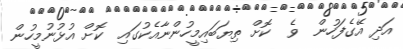
އަދި އޭގެފަހުން  ވެ  ކޮށް ތިޔަބައިމީހުންނާއެކުގައި  ކޮށް އުޅުނުމީހުން